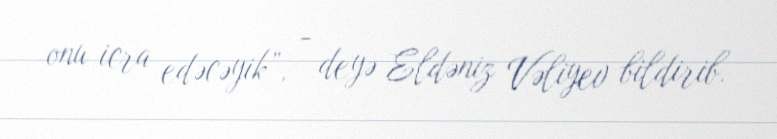
onu icra edəcəyik”, - deyə Eldəniz Vəliyev bildirib.